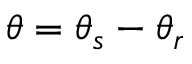
\theta = \theta _ { s } - \theta _ { r }